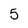
Character: 5